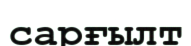
сарғылт